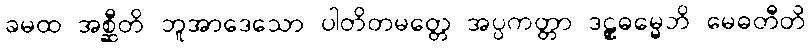
ခမထ အစ္ဆီတိ ဘူအာဒေသော ပါတိတမတ္တေ အပ္ပကတ္တာ ဒဠှဓမ္မေဘိ မေဓတီတိ